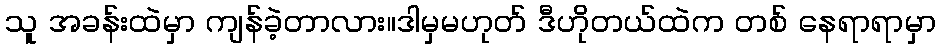
သူ အခန်းထဲမှာ ကျန်ခဲ့တာလား။ဒါမှမဟုတ် ဒီဟိုတယ်ထဲက တစ် နေရာရာမှာ